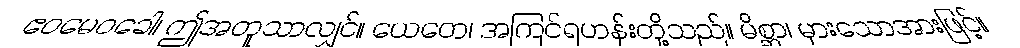
ဧဝမေဝခေါ၊ ဤအတူသာလျှင်။ ယေတေ၊ အကြင်ရဟန်းတို့သည်။ မိစ္ဆာ၊ မှားသောအားဖြင့်။